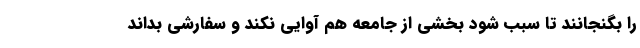
را بگنجانند تا سبب شود بخشی از جامعه هم آوایی نکند و سفارشی بداند